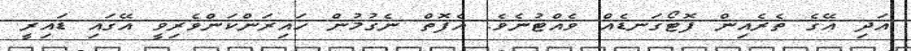
އަދި އޭގެ ތެރެއިން ފޮޓޯގަނޑެއް ވެއްޓުނެވެ. އެފޮތް ނެގުމުން ހައިރަންކަންވެރިވީ އޭގައި ޑައިރީ